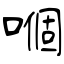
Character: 嗰